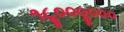
૧૮ૢ૦૦૦ૢ૦૦૦